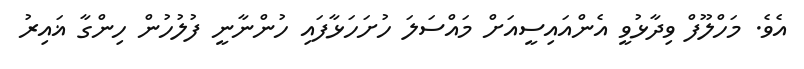
އެވެ. މަހްލޫފް ވިދާޅުވީ އެންއައިސީއަށް މައްސަލަ ހުށަހަޅާފައި ހުންނާނީ ފުލުހުން ހިންގާ ޣައިރު